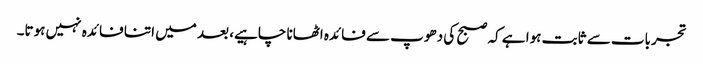
تجربات سے ثابت ہوا ہے کہ صبح کی دھوپ سے فائدہ اٹھانا چاہیے، بعد میں اتنا فائدہ نہیں ہوتا۔